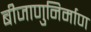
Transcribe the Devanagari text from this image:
बीजाणुनिर्माण